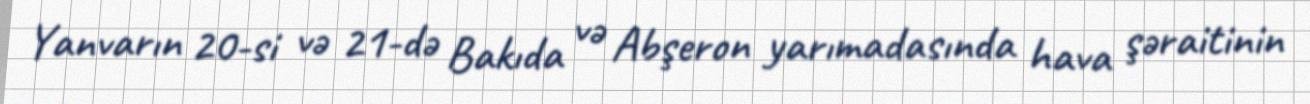
Yanvarın 20-si və 21-də Bakıda və Abşeron yarımadasında hava şəraitinin